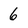
Character: 6